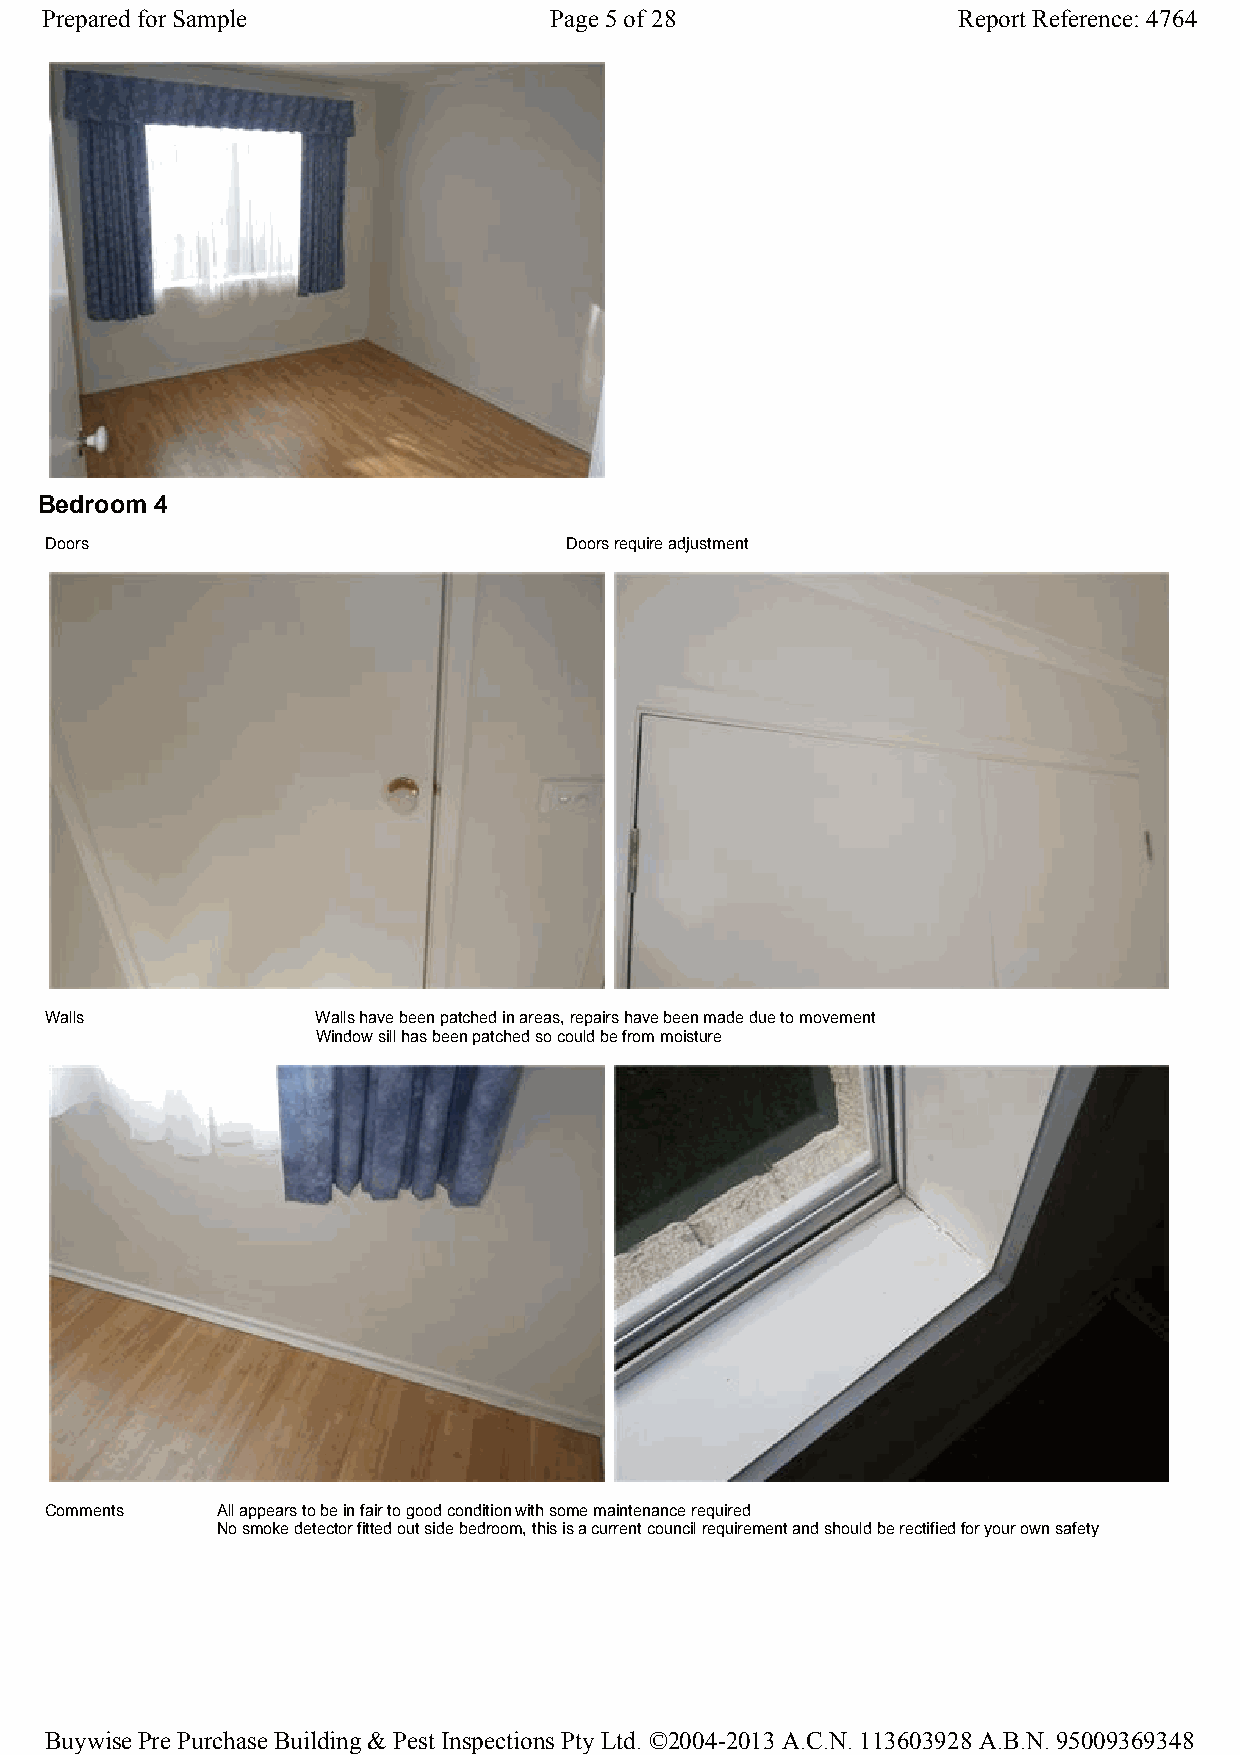
Prepared for Sample              Page 5 of 28               Report Reference: 4764
 Bedroom 4
 Doors                             Doors require adjustment
 Walls             Walls have been patched in areas, repairs have been made due to movement
 Window sill has been patched so could be from moisture
 Comments   All appears to be in fair to good condition with some maintenance required
 No smoke detector fitted out side bedroom, this is a current council requirement and should be rectified for your own safety
 Buywise Pre Purchase Building & Pest Inspections Pty Ltd. ©2004-2013 A.C.N. 113603928 A.B.N. 95009369348